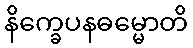
နိက္ခေပနဓမ္မောတိ